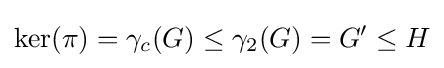
\ker(\pi )=\gamma _{c}(G)\leq \gamma _{2}(G)=G'\leq H